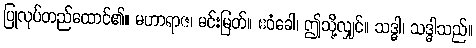
ပြုလုပ်တည်ထောင်၏။ မဟာရာဇ၊ မင်းမြတ်။ ဧဝံခေါ၊ ဤသို့လျှင်။ သဒ္ဓါ၊ သဒ္ဓါသည်။